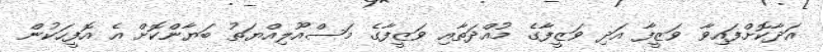
އަދާކޮށްފައިވާ ވަޒީފާ އަދި ވަޒީފާގެ މުއްދަތާއި ވަޒީފާގެ މަސްއޫލިއްޔަތު ބަޔާންކޮށް އެ އޮފީހަކުން